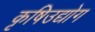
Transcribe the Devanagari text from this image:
कृषिउद्योग